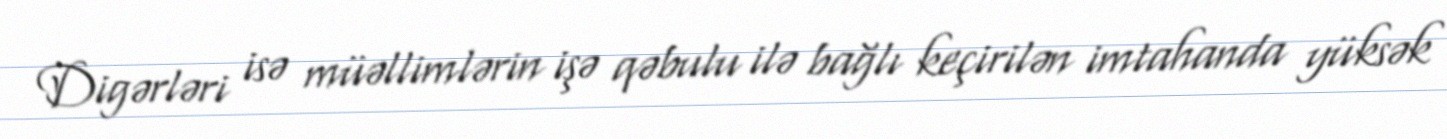
Digərləri isə müəllimlərin işə qəbulu ilə bağlı keçirilən imtahanda yüksək